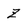
Character: Z